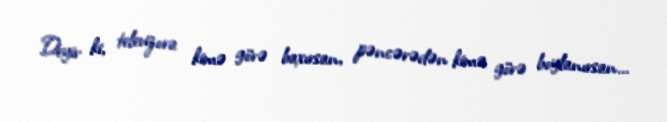
Deyir ki, televizora kimə görə baxırsan, pəncərədən kimə görə boylanırsan...